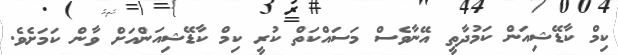
ކިމް ކާޑޭޝިއަން ކަމުދާތީ އޭނާވެސް މަސައްކަތް ކުރީ ކިމް ކާޑޭޝިއަންއަށް ވާން ކަމަށެވެ.